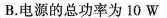
B.电源的总功率为10W